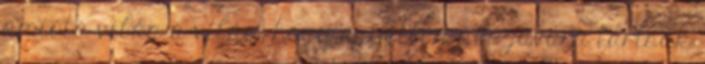
amióta világ a világ, hogy egyetlen nép javára tartsák